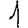
Digit: 1